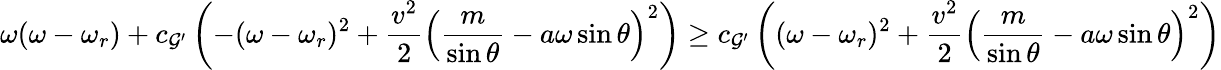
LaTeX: \omega(\omega-\omega_{r})+c_{\mathcal{G}^{\prime}}\left(-(\omega-\omega_{r})^{2}+\frac{v^{2}}{2}\left(\frac{m}{\sin\theta}-a\omega\sin\theta\right)^{2}\right)\geq c_{\mathcal{G}^{\prime}}\left((\omega-\omega_{r})^{2}+\frac{v^{2}}{2}\left(\frac{m}{\sin\theta}-a\omega\sin\theta\right)^{2}\right)